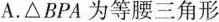
A. △BPA为等腰三角形